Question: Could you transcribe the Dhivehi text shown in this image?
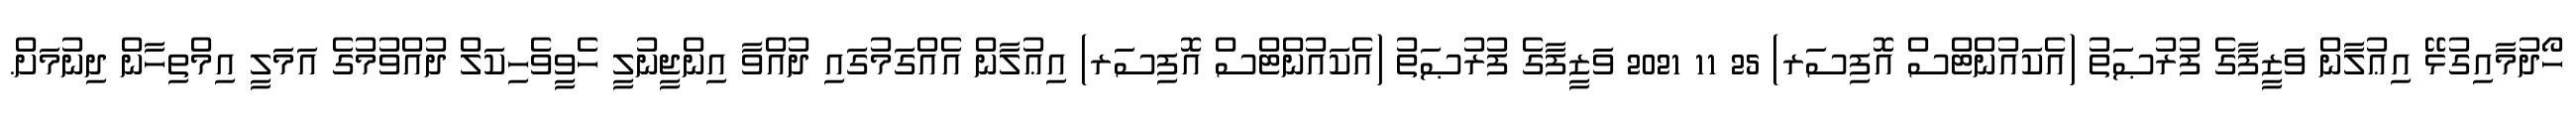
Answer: ހޯދުމާއިގުޅޭ އިޢުލާން ވަޒީފާގެ ފުރުޞަތު (އެކައުންޓްސް އޮފިސަރ) 25 11 2021 ވަޒީފާގެ ފުރުޞަތު (އެކައުންޓްސް އޮފިސަރ) އިޢުލާން އެއްގަމުގައި ދުއްވާ އިންޖީނުލީ ހެވީވެހިކަލް ދުއްވުމުގެ އަމަލީ އިމްތިހާން ދިނުމަށް.